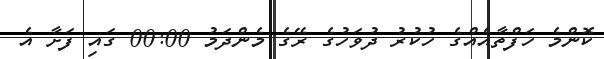
ކޮންމެ ހަފްތާއެއްގެ ހުކުރު ދުވަހުގެ ރޭގެ މެންދަމު 00:00 ގައި ފަށާ އެ